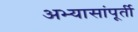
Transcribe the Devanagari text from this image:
अभ्यासांपूर्ती